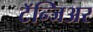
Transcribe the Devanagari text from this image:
टॅन्जिअर